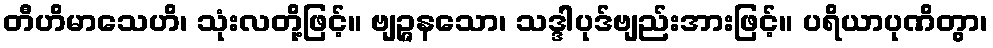
တီဟိမာသေဟိ၊ သုံးလတို့ဖြင့်။ ဗျဉ္ဇနသော၊ သဒ္ဒါပုဒ်ဗျည်းအားဖြင့်။ ပရိယာပုဏိတွာ၊